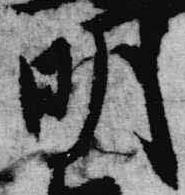
明